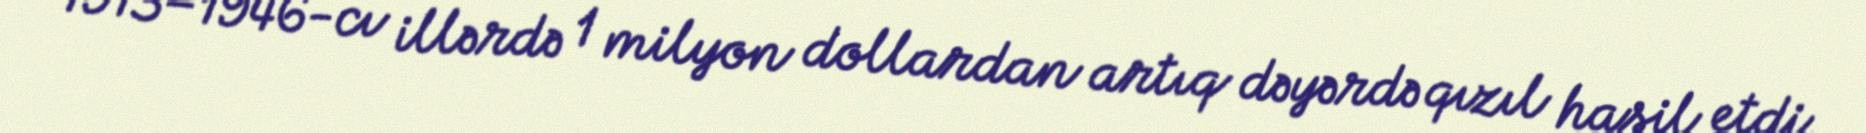
1913–1946-cı illərdə 1 milyon dollardan artıq dəyərdə qızıl hasil etdi.